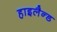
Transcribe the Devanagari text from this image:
हाइलैन्ड